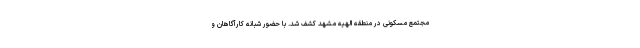
مجتمع مسکونی در منطقه الهیه مشهد کشف شد. با حضور شبانه کارآگاهان و